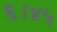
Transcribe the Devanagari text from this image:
६।४५